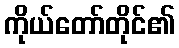
ကိုယ်တော်တိုင်၏